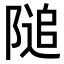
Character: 𨻡